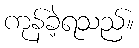
ကုန်ခဲ့ရသည်။